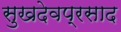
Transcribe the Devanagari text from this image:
सुखदेवप्रसाद